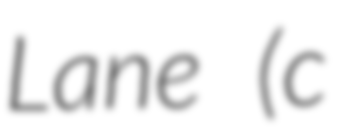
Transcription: Lane (c